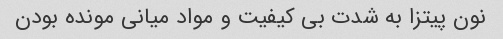
نون پیتزا به شدت بی کیفیت و مواد میانی مونده بودن